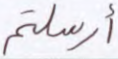
أرسلتم